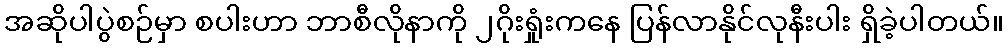
အဆိုပါပွဲစဉ်မှာ စပါးဟာ ဘာစီလိုနာကို ၂ဂိုးရှုံးကနေ ပြန်လာနိုင်လုနီးပါး ရှိခဲ့ပါတယ်။